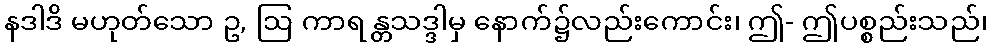
နဒါဒိ မဟုတ်သော ဥ, ဩ ကာရ န္တသဒ္ဒါမှ နောက်၌လည်းကောင်း၊ ဤ- ဤပစ္စည်းသည်၊